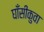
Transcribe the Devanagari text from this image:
घाँसीकुवा